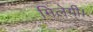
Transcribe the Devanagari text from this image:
मिलेगी।